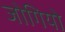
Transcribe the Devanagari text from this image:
जोगियो